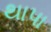
થાપા